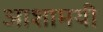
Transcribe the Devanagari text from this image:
आशामयी